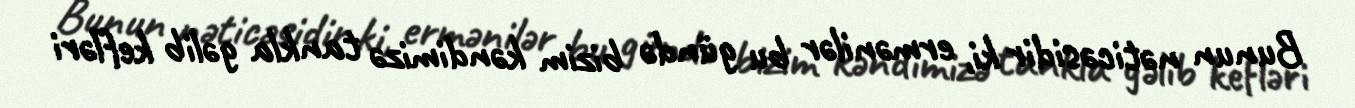
Bunun nəticəsidir ki, ermənilər bu gündə bizim kəndimizə tankla gəlib kefləri